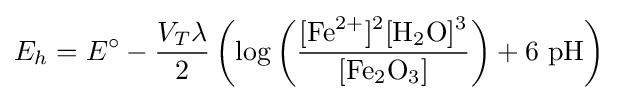
E_{h}={E^{\circ }}-{\frac {V_{T}\lambda }{2}}\left(\log \left({\frac {[\mathrm {Fe} {\vphantom {A}}^{2+}]{\vphantom {A}}^{2}[\mathrm {H} {\vphantom {A}}_{\smash[{t}]{2}}\mathrm {O} ]{\vphantom {A}}^{3}}{[\mathrm {Fe} {\vphantom {A}}_{\smash[{t}]{2}}\mathrm {O} {\vphantom {A}}_{\smash[{t}]{3}}]}}\right)+6\ {\mathrm {pH} }\right)